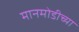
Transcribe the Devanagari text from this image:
मानमोडीच्या